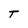
Character: T